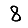
Digit: 8